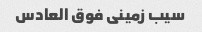
سیب زمینی فوق العادس